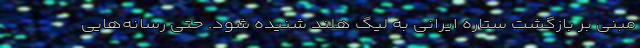
مبنی بر بازگشت ستاره ایرانی به لیگ هلند شنیده شود. حتی رسانه‌هایی